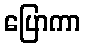
ပြောကာ